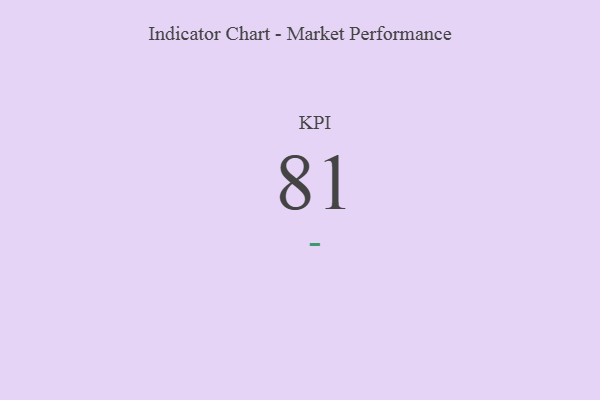
{"axis": {"x": "KPI", "y": "Value"}, "legend": [""], "data": [{"x": "KPI", "y": 81, "type": ""}]}